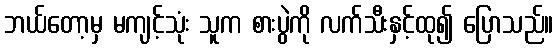
ဘယ်တော့မှ မကျင့်သုံး သူက စားပွဲကို လက်သီးနှင့်ထု၍ ပြောသည်။